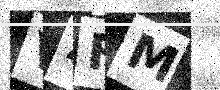
Text: V4FM